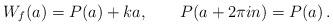
LaTeX: \begin{align*}W_f(a)= P(a)+ka, \qquad P(a+2\pi in)=P(a)\,.\end{align*}